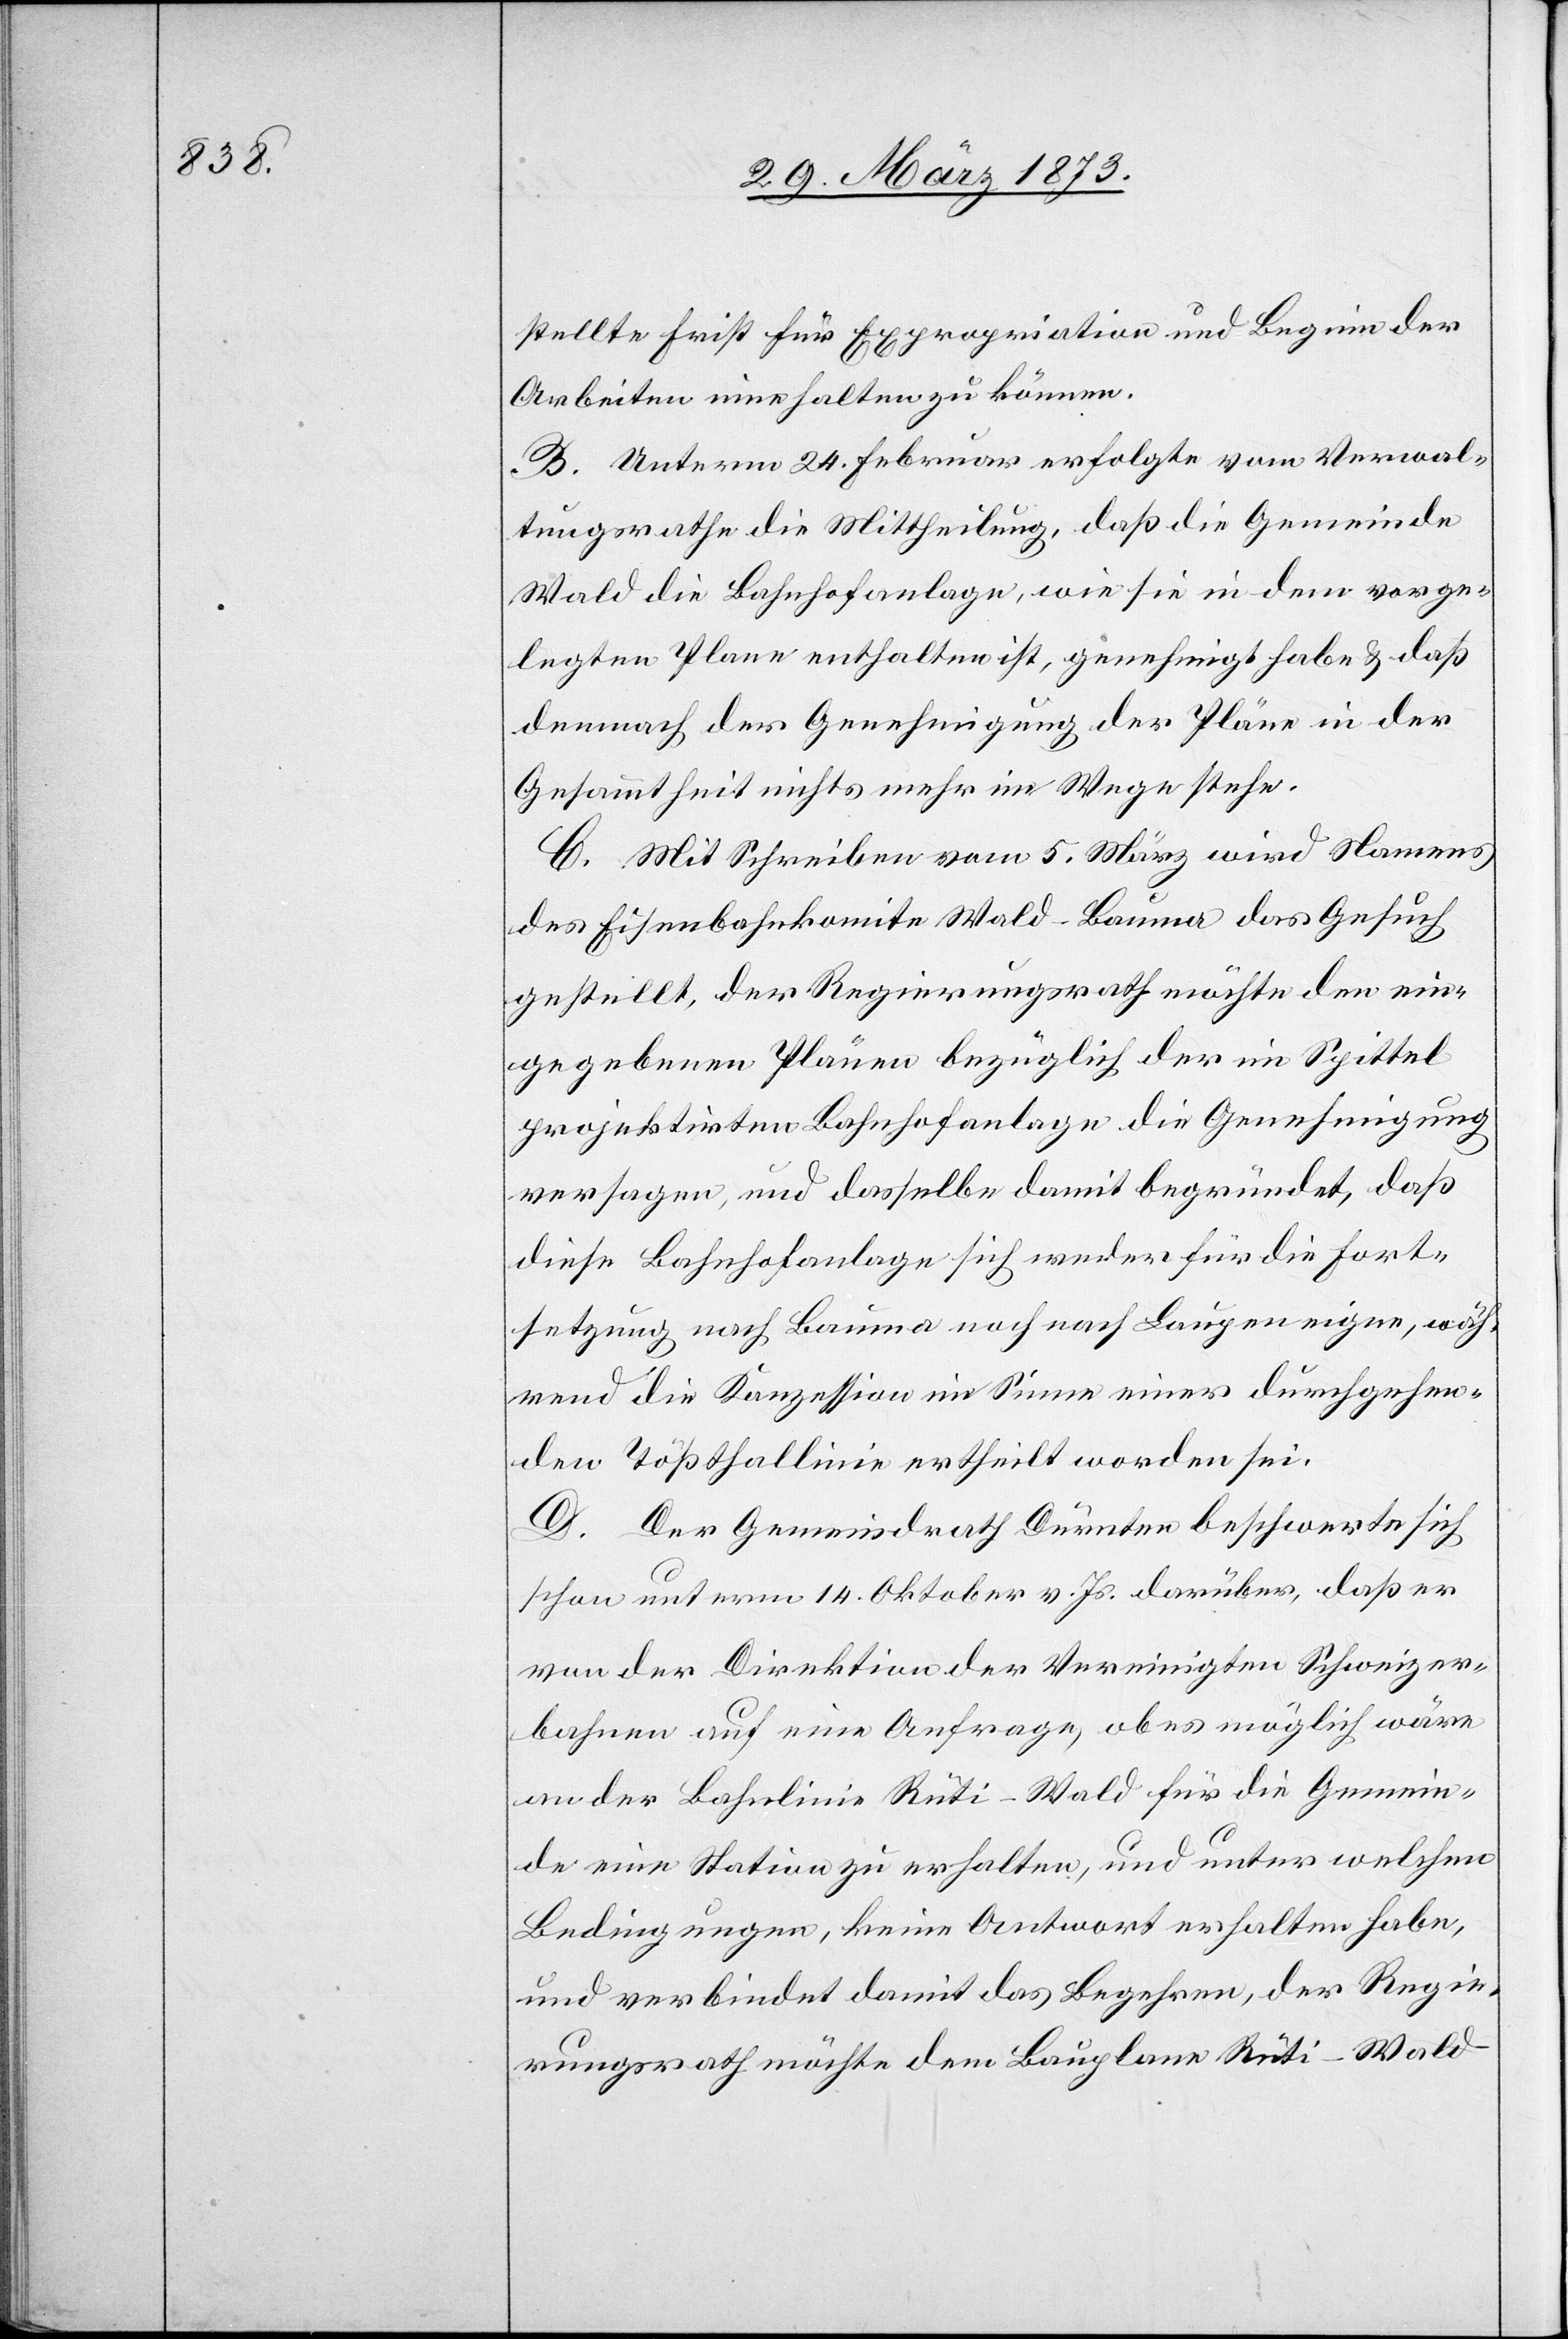
stellte Frist für Expropriation und Beginn der
Arbeiten innehalten zu können.
B. Unterm 24. Februar erfolgte vom Verwal¬
tungsrathe die Mittheilung, daß die Gemeinde
Wald die Bahnhofanlage wie sie in dem vorge¬
legten Plane enthalten ist, genehmigt habe u. daß
demnach der Genehmigung der Pläne in der
Gesammtheit nichts mehr im Wege stehe.
C. Mit Schreiben vom 5. März wird Namens
des Eisenbahnkomite Wald–Bauma das Gesuch
gestellt, der Regierungsrath möchte den ein¬
gegebenen Plänen bezüglich der im Spittel
projektirten Bahnhofanlage die Genehmigung
versagen, und dasselbe damit begründet, daß
diese Bahnhofanlage sich weder für die Fort¬
setzung nach Bauma noch nach Laugen eigne, wäh¬
rend die Konzession im Sinne einer durchgehen¬
den Tößthallinie ertheilt worden sei.
D. Der Gemeindrath Dürnten beschwerte sich
schon unterm 14. Oktober v. Js. darüber, daß er
von der Direktion der Vereinigten Schweizer¬
bahnen auf eine Anfrage, ob es möglich wäre
an der Bahnlinie Rüti–Wald für die Gemein¬
de eine Station zu erhalten, und unter welchen
Bedingungen, keine Antwort erhalten habe,
und verbindet damit das Begehren, der Regie¬
rungsrath möchte dem Bauplane Rüti–Wald